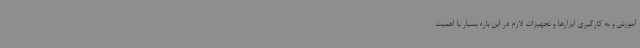
آموزش و به کارگیری ابزارها و تجهیزات لازم در این باره بسیار با اهمیت